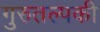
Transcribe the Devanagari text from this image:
गुरुतल्पकी